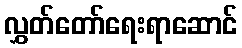
လွှတ်တော်ရေးရာဆောင်